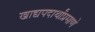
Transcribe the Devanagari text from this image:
खाद्यपदार्थांप्रमाणे